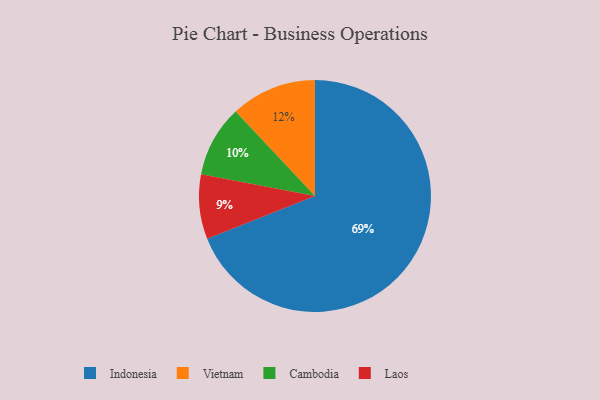
{"axis": {"x": "Category", "y": "Percentage"}, "legend": ["Cambodia", "Indonesia", "Laos", "Vietnam"], "data": [{"x": "Cambodia", "y": 10, "type": "Cambodia"}, {"x": "Vietnam", "y": 12, "type": "Vietnam"}, {"x": "Indonesia", "y": 69, "type": "Indonesia"}, {"x": "Laos", "y": 9, "type": "Laos"}]}